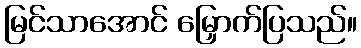
မြင်သာအောင် မြှောက်ပြသည်။